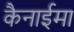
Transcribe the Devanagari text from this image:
कैनाईमा